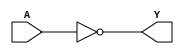
module sky130_fd_sc_hdll__clkinvlp_6 (
    Y,
    A
);
    output Y;
    input  A;
    wire not0_out_Y;
    not not0 (not0_out_Y, A              );
    buf buf0 (Y         , not0_out_Y     );
endmodule